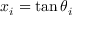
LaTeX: x _ { i } = \tan \theta _ { i }